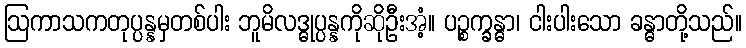
ဩကာသကတုပ္ပန္နမှတစ်ပါး ဘူမိလဒ္ဓုပ္ပန္နကိုဆိုဦးအံ့။ ပဉ္စက္ခန္ဓာ၊ ငါးပါးသော ခန္ဓာတို့သည်။